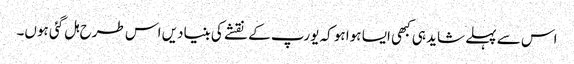
اس سے پہلے شاید ہی کبھی ایسا ہوا ہو کہ یورپ کے نقشے کی بنیادیں اس طرح ہل گئی ہوں۔